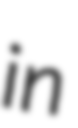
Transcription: in